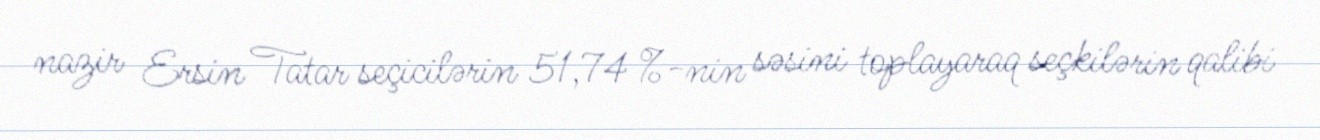
nazir Ersin Tatar seçicilərin 51,74 %-nin səsini toplayaraq seçkilərin qalibi